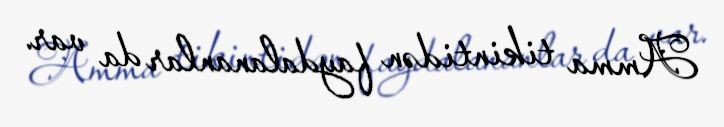
Amma tikintidən faydalananlar da var.